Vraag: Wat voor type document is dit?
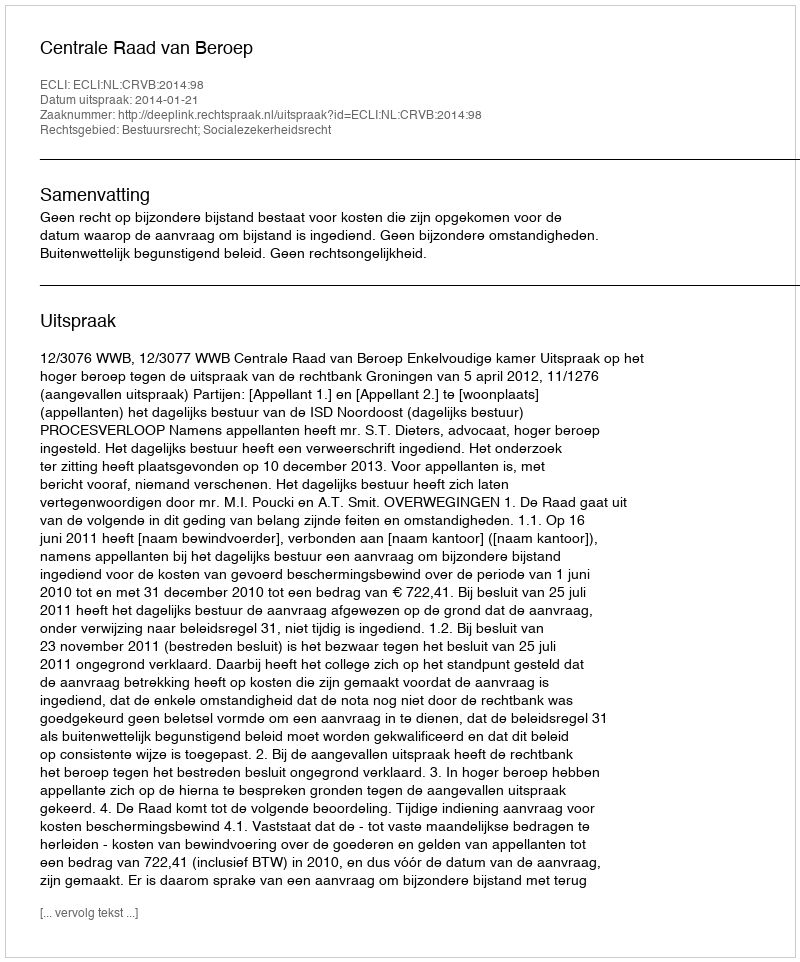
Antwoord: Uitspraak